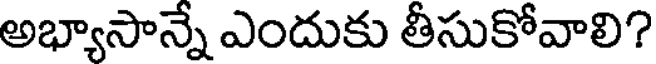
అభ్యాసాన్నే ఎందుకు తీసుకోవాలి?